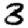
Digit: 3